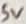
Text: 5V